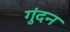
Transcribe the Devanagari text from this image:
गुंदन